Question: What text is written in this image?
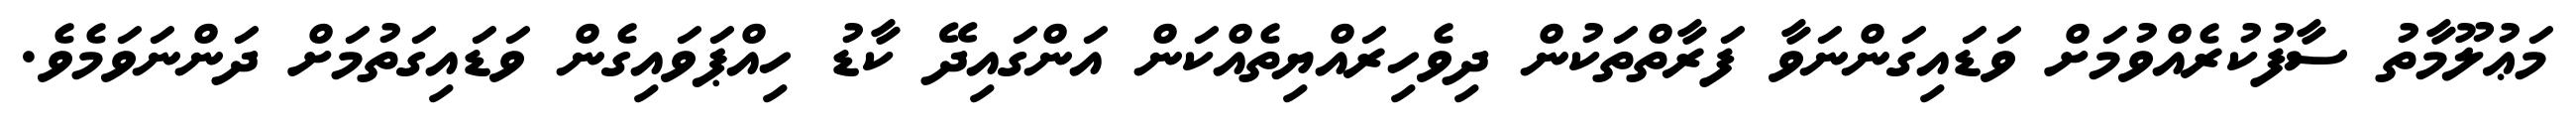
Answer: މަޢުލޫމާތު ސާފުކުރެއްވުމަށް ވަޑައިގަންނަވާ ފަރާތްތަކުން ދިވެހިރައްޔިތެއްކަން އަންގައިދޭ ކާޑު ހިއްޕަވައިގެން ވަޑައިގަތުމަށް ދަންނަވަމެވެ.